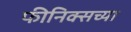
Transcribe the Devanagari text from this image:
फीनिक्सच्या